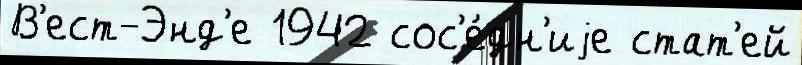
В'ест-Энд'е 1942 сос'е́дн'иjе стат'ей